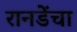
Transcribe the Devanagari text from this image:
रानडेंचा